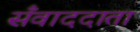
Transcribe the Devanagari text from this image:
सँवाददाता